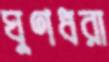
ঘুণধরা